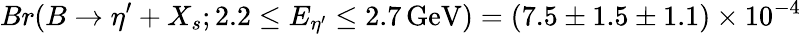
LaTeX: Br(B\to\eta^{\prime}+X_{s};2.2\le E_{\eta^{\prime}}\le 2.7\, \mathrm{GeV})=(7.5\pm 1.5\pm 1.1)\times 10^{-4}